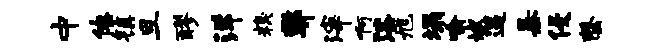
中僚镇旦醪洋糗弊滓啊漆旭塌喻斌逼暴侵罄